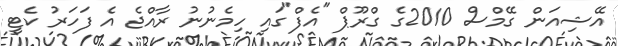
އޭޝިއަން ގޭމްސް 2010ގެ ގްރޫޕް "އެފް"ގައި ހިމެނުނު ރާއްޖެ އެ ފަހަރު ކެޓީ